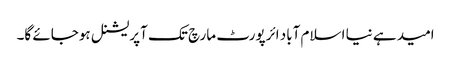
امید ہے نیا اسلام آباد ائرپورٹ مارچ تک آپریشنل ہوجائے گا۔